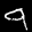
Label: 9